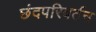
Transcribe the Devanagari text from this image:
छंदपरिवर्तन